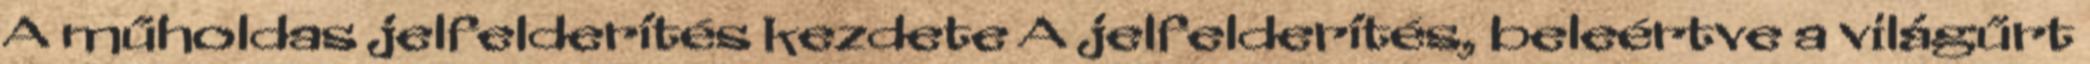
A műholdas jelfelderítés kezdete A jelfelderítés, beleértve a világűrt